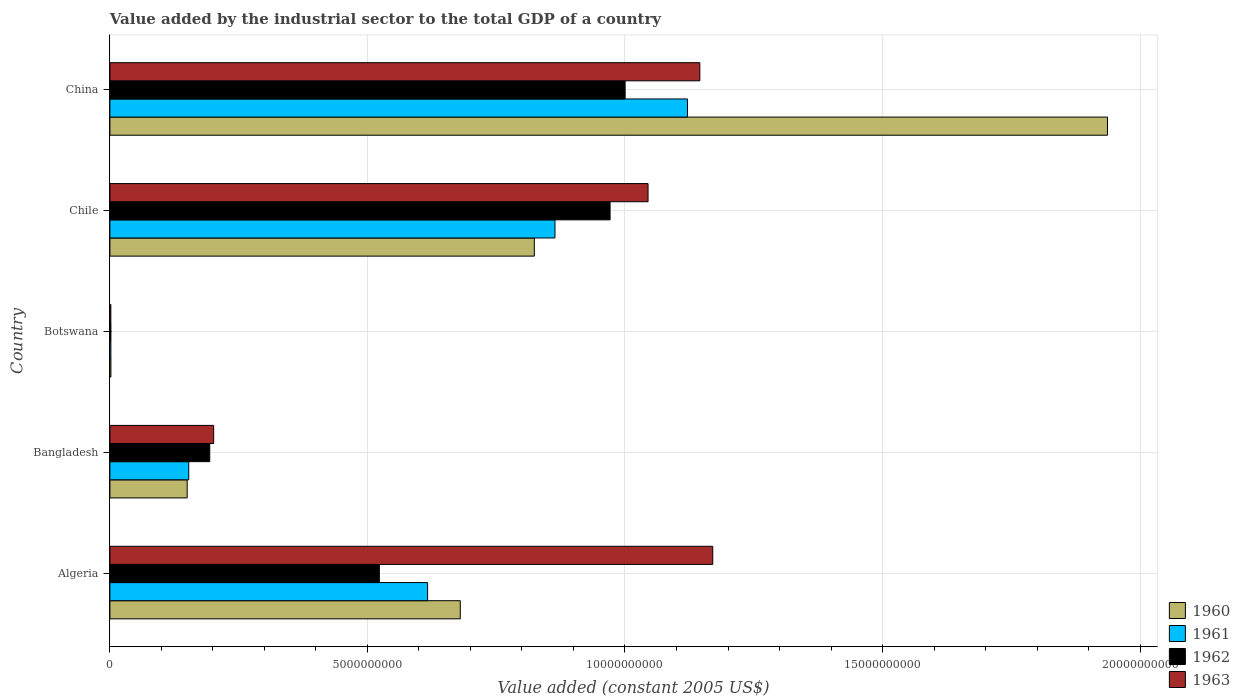
| Country | 1960 | 1961 | 1962 | 1963 |
 | --- | --- | --- | --- | --- |
 | Algeria | 6.8e+09 | 6.17e+09 | 5.23e+09 | 1.17e+10 |
 | Bangladesh | 1.5e+09 | 1.53e+09 | 1.94e+09 | 2.01e+09 |
 | Botswana | 1.96e+07 | 1.92e+07 | 1.98e+07 | 1.83e+07 |
 | Chile | 8.24e+09 | 8.64e+09 | 9.71e+09 | 1.04e+10 |
 | China | 1.94e+10 | 1.12e+10 | 1e+10 | 1.15e+10 |